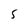
Character: 5